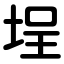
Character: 埕